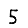
Digit: 5